Bombay plague: being a history of the progress of plague in the Bombay presidency from September 1896 to June 1899
Year: 1896
Disease focus: Plague
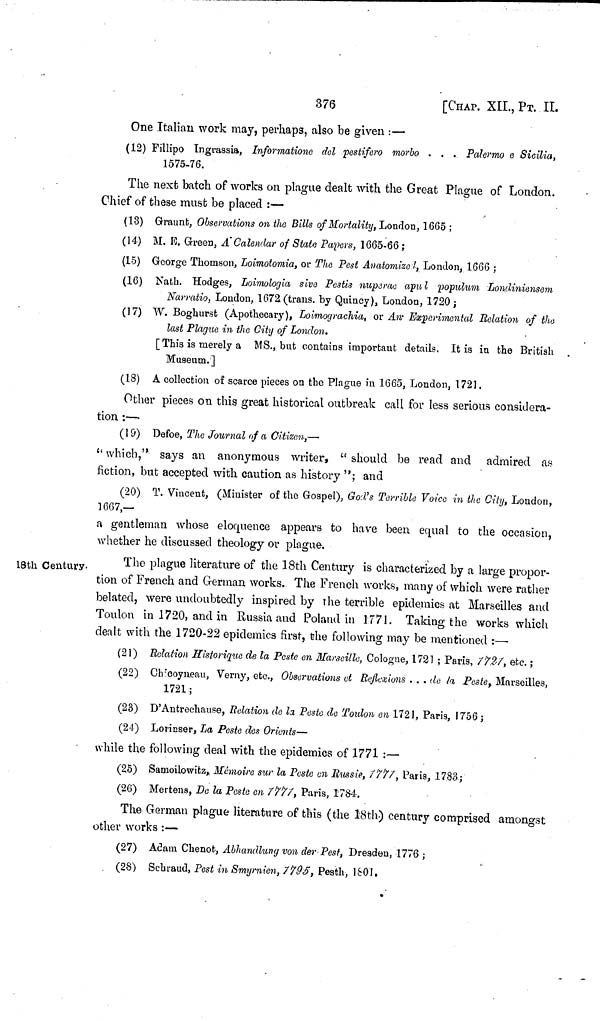
376
[CHAP. XII., PT. II.
One Italian work may, perhaps, also be given :—
(12) Fillipo Ingrassia, Informatione del pestifero morbo . . . Palermo e Sicilia,
1575-76.
The next batch of works on plague dealt with the Great Plague of London.
Chief of these must be placed :—
(13) Graunfe, Observations on the Bills of Mortality, London, 1665 ;
(14) M. R. Green, A Calendar of State Papers, 1665-66 ;
(15) George Thomson, Loimotomia, or The Pest Anatomize I, London, 1666 ;
(16) Nath. Hodges, Loimologia sive Pestis nupsrae apul populum Londiniensem
Narratio, London, 1672 (trans, by Quincy), London, 1720;
(17) W. Boghurst (Apothecary), Loimograchia, or An Experimental Relation of the
last Plague in the City of London.
[ This is merely a MS., but contains important details. It is in the British
Museum. ]
(18) A collection of scarce pieces on the Plague in 1665, London, 1721.
Other pieces on this great historical outbreak call for less serious considera-
tion :—
(19) Defoe, The Journal of a Citizen,—
"which," says an anonymous writer, " should be read and admired as
fiction, but accepted with caution as history "; and
(20) T. Vincent, (Minister of the Gospel), God's Terrible Voice in the City, London,
1667,—
a gentleman whose eloquence appears to have been equal to the occasion,
whether he discussed theology or plague.
18th Century.
The plague literature of the 18th Century is characterized by a large propor-
tion of French and German works. The French works, many of which were rather
belated, were undoubtedly inspired by the terrible epidemics at Marseilles and
Toulon in 1720, and in Russia and Poland in 1771. Taking, the works which
dealt with the 1720-22 epidemics first, the following may be mentioned :—
(21) Eolation Historique de la Peste en Marseille, Cologne, 1721 ; Paris, 7727, etc.;
(22) Ch'coyneau, Verny, etc., Observations et Reflexions . . . de la Peste, Marseilles,
1721 ;
(23) D'Antrechause, Relation de la Peste de Toulon en 1721, Paris, 1756 ;
(24) Lorinser, La Peste des Orients—
while the following deal with the epidemics of 1771 :—
(25) Samoilowitz,. Mémoire sur la Peste en Russie, 7777, Paris, 1783;
(26) Mertens, De la Peste en 7777, Paris, 1784.
The German plague literature of this (the 18th) century comprised amongst
other works :—
(27) Adam Chenot, Abhandluny von der Pest, Dresden, 1776 ;
(28) Schraud, Pest in Smyrnien, 7795, Pesth, 1801.